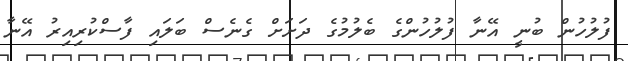
ފުލުހުން ބުނީ އޭނާ ފުލުހުންގެ ބެލުމުގެ ދަށަށް ގެނެސް ބަލައި ފާސްކުރިއިރު އޭނާ